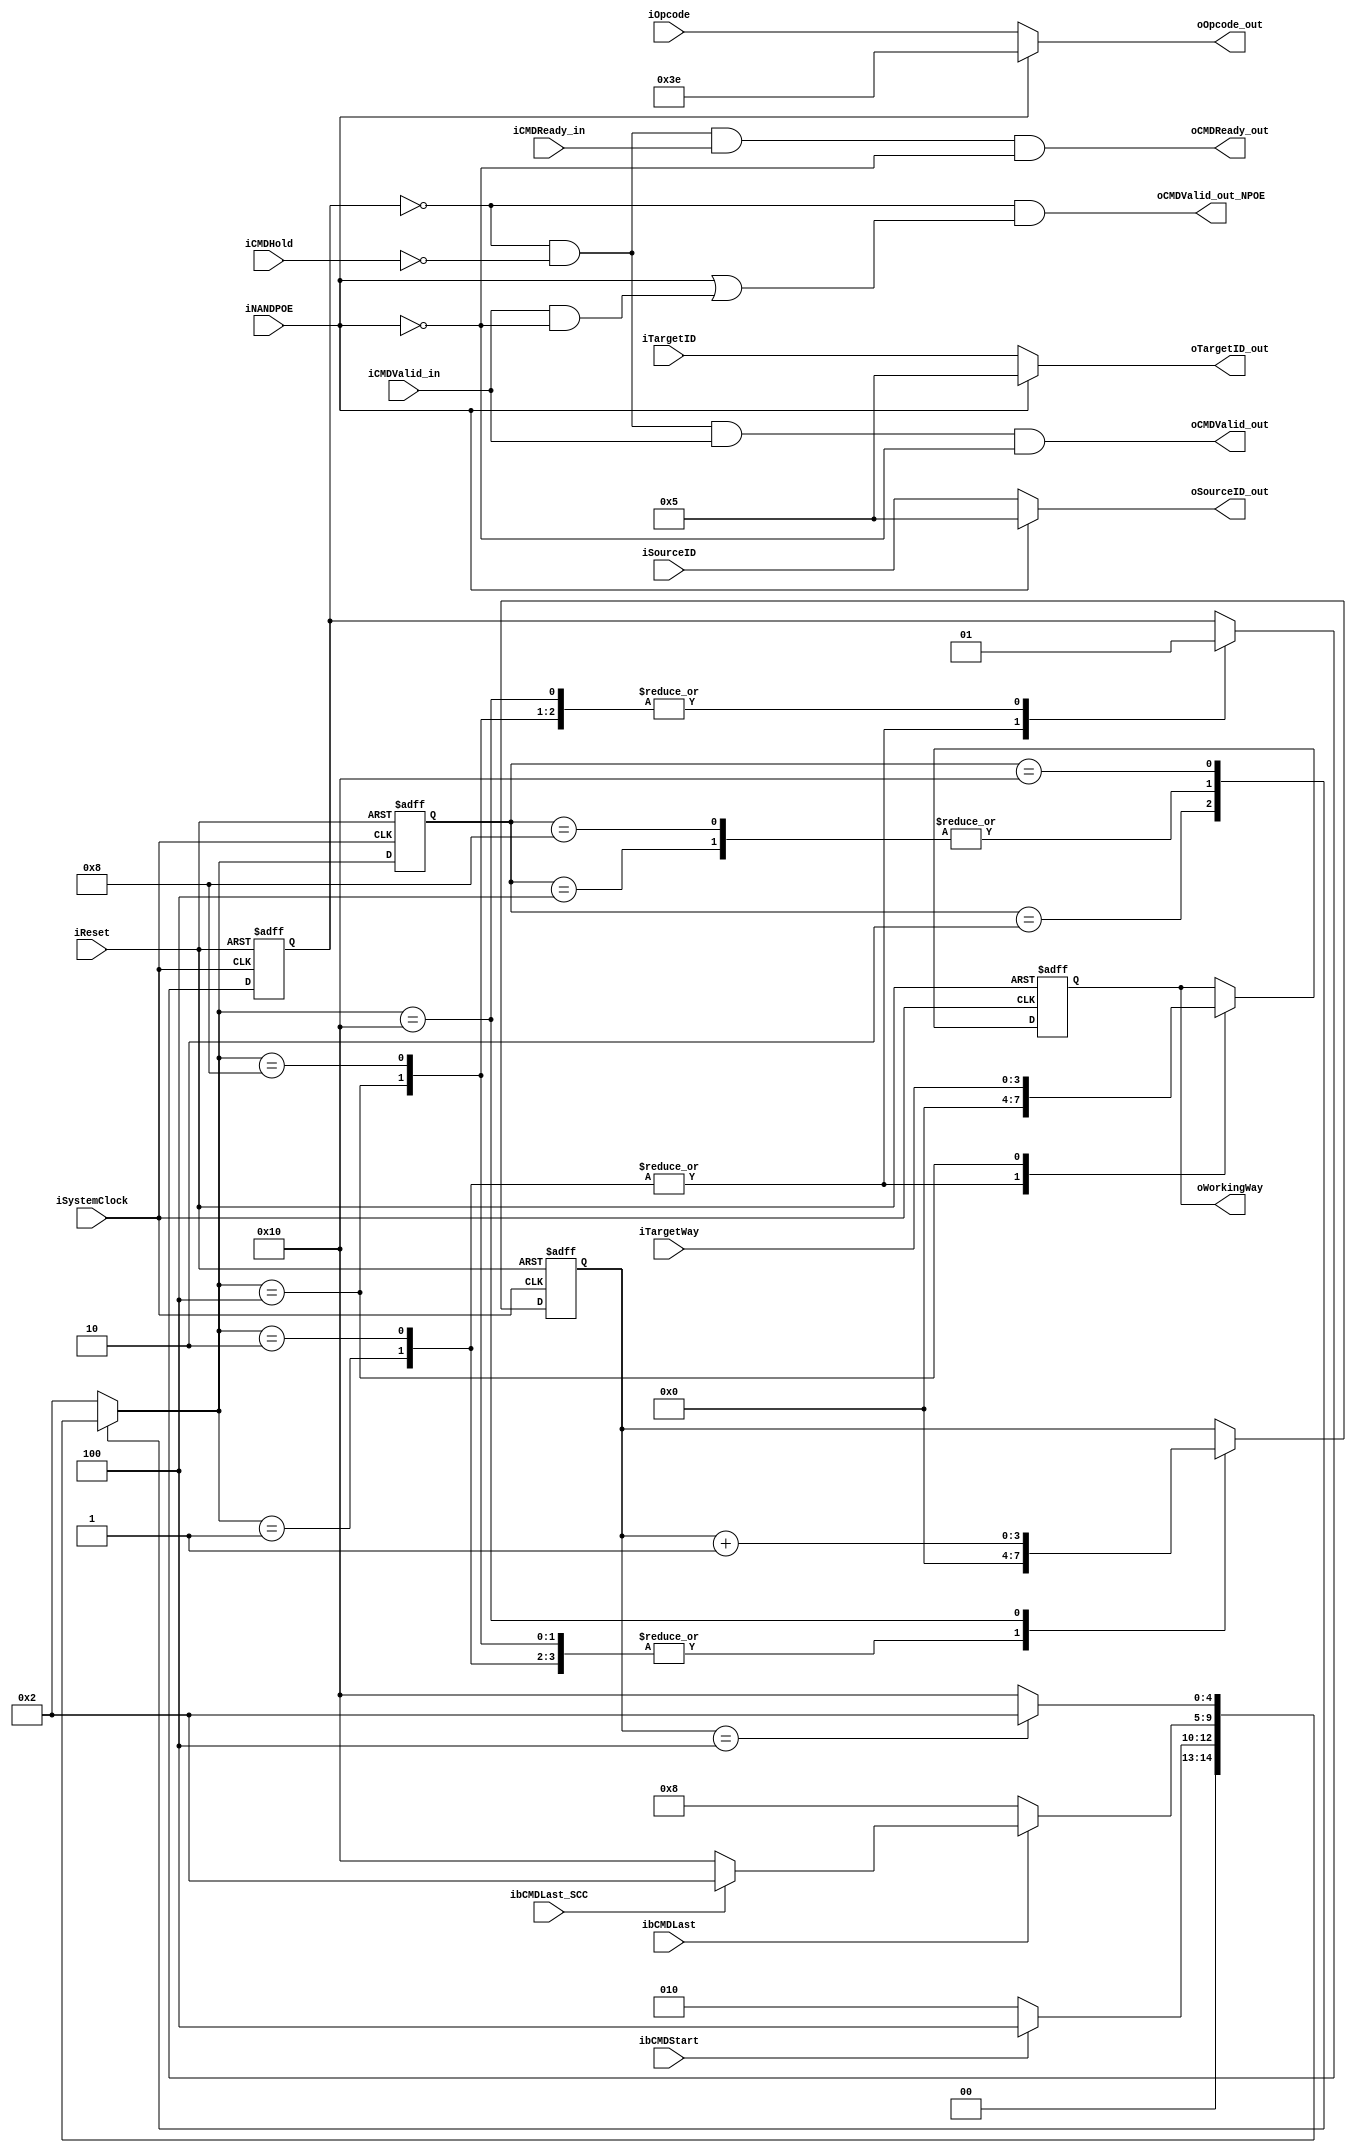
module NPCG_Toggle_bCMD_manager
#
(
    parameter NumberOfWays    =   4
)
(
    iSystemClock        ,
    iReset              ,
    iTargetWay          ,
    ibCMDStart          ,
    ibCMDLast           ,
    ibCMDLast_SCC       ,
    iNANDPOE            ,
    iCMDHold            ,
    iOpcode             ,
    iTargetID           ,
    iSourceID           ,
    oOpcode_out         ,
    oTargetID_out       ,
    oSourceID_out       ,
    iCMDValid_in        ,
    oCMDValid_out_NPOE  ,
    oCMDValid_out       ,
    oCMDReady_out       ,
    iCMDReady_in        ,
    oWorkingWay    
);
    input                           iSystemClock            ;
    input                           iReset                  ;
    input   [NumberOfWays - 1:0]    iTargetWay              ;
    input                           ibCMDStart              ;
    input                           ibCMDLast               ;
    input                           ibCMDLast_SCC           ;
    input                           iNANDPOE                ;
    input                           iCMDHold                ;
    input   [5:0]                   iOpcode                 ;
    input   [4:0]                   iTargetID               ;
    input   [4:0]                   iSourceID               ;
    output  [5:0]                   oOpcode_out             ;
    output  [4:0]                   oTargetID_out           ;
    output  [4:0]                   oSourceID_out           ;
    input                           iCMDValid_in            ;
    output                          oCMDValid_out_NPOE      ;
    output                          oCMDValid_out           ;
    output                          oCMDReady_out           ;
    input                           iCMDReady_in            ;
    output  [NumberOfWays - 1:0]    oWorkingWay             ;
    parameter MNG_FSM_BIT = 5; 
    parameter MNG_RESET = 5'b00001;
    parameter MNG_READY = 5'b00010; 
    parameter MNG_START = 5'b00100; 
    parameter MNG_RUNNG = 5'b01000; 
    parameter MNG_bH_Zd = 5'b10000; 
    reg     [MNG_FSM_BIT-1:0]       rMNG_cur_state          ;
    reg     [MNG_FSM_BIT-1:0]       rMNG_nxt_state          ;
    reg     [3:0]                   rbH_ZdCounter           ;
    wire                            wbH_ZdDone              ;
    reg     [NumberOfWays - 1:0]    rWorkingWay             ;
    reg                             rCMDBlocking            ;
    assign wbH_ZdDone = (rbH_ZdCounter[3:0] == 4'b0100);
    always @ (posedge iSystemClock, posedge iReset) begin
        if (iReset) begin
            rMNG_cur_state <= MNG_RESET;
        end else begin
            rMNG_cur_state <= rMNG_nxt_state;
        end
    end
    always @ ( * ) begin
        case (rMNG_cur_state)
            MNG_RESET: begin
                rMNG_nxt_state <= MNG_READY;
            end
            MNG_READY: begin
                rMNG_nxt_state <= (ibCMDStart)? MNG_START:MNG_READY;
            end
            MNG_START: begin
                rMNG_nxt_state <= (ibCMDLast)? ((ibCMDLast_SCC)? MNG_READY:MNG_bH_Zd):MNG_RUNNG;
            end
            MNG_RUNNG: begin
                rMNG_nxt_state <= (ibCMDLast)? ((ibCMDLast_SCC)? MNG_READY:MNG_bH_Zd):MNG_RUNNG;
            end
            MNG_bH_Zd: begin
                rMNG_nxt_state <= (wbH_ZdDone)? MNG_READY:MNG_bH_Zd;
            end
            default:
                rMNG_nxt_state <= MNG_READY;
        endcase
    end
    always @ (posedge iSystemClock, posedge iReset) begin
        if (iReset) begin
            rWorkingWay[NumberOfWays - 1:0] <= 0;
            rCMDBlocking                    <= 0;
            rbH_ZdCounter[3:0]              <= 0;
        end else begin
            case (rMNG_nxt_state)
                MNG_RESET: begin
                    rWorkingWay[NumberOfWays - 1:0] <= 0;
                    rCMDBlocking                    <= 0;
                    rbH_ZdCounter[3:0]              <= 0;
                end
                MNG_READY: begin
                    rWorkingWay[NumberOfWays - 1:0] <= 0;
                    rCMDBlocking                    <= 0;
                    rbH_ZdCounter[3:0]              <= 0;
                end
                MNG_START: begin
                    rWorkingWay[NumberOfWays - 1:0] <= iTargetWay[NumberOfWays - 1:0];
                    rCMDBlocking                    <= 1'b1;
                    rbH_ZdCounter[3:0]              <= 4'b0000;
                end
                MNG_RUNNG: begin
                    rWorkingWay[NumberOfWays - 1:0] <= rWorkingWay[NumberOfWays - 1:0];
                    rCMDBlocking                    <= 1'b1;
                    rbH_ZdCounter[3:0]              <= 4'b0000;
                end
                MNG_bH_Zd: begin
                    rWorkingWay[NumberOfWays - 1:0] <= rWorkingWay[NumberOfWays - 1:0];
                    rCMDBlocking                    <= 1'b1;
                    rbH_ZdCounter[3:0]              <= rbH_ZdCounter[3:0] + 1'b1;
                end
            endcase
        end
    end
    assign oCMDValid_out_NPOE   = (~rCMDBlocking) & (iNANDPOE | (iCMDValid_in & (~iNANDPOE)));
    assign oCMDValid_out        = (~rCMDBlocking) & (~iCMDHold) & (iCMDValid_in) & (~iNANDPOE);
    assign oCMDReady_out        = (~rCMDBlocking) & (~iCMDHold) & (iCMDReady_in) & (~iNANDPOE);
    assign oOpcode_out[5:0] = (iNANDPOE)? (6'b111110):(iOpcode[5:0]);
    assign oTargetID_out[4:0] = (iNANDPOE)? (5'b00101):(iTargetID[4:0]);
    assign oSourceID_out[4:0] = (iNANDPOE)? (5'b00101):(iSourceID[4:0]);
    assign oWorkingWay[NumberOfWays - 1:0] = rWorkingWay[NumberOfWays - 1:0];
endmodule